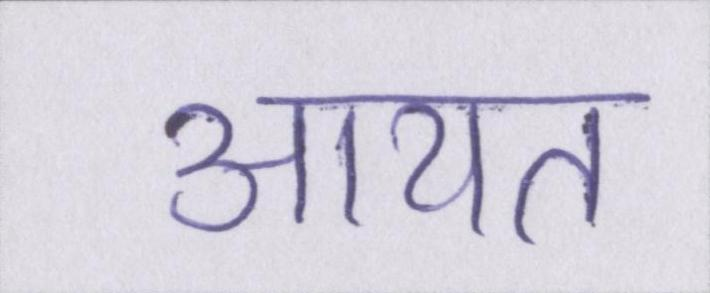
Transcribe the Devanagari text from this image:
आयत